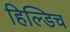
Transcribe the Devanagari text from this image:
हिल्डिच